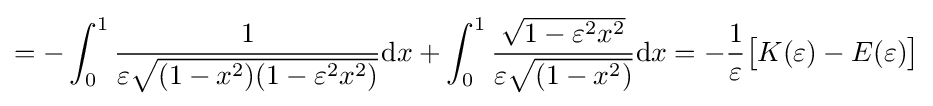
=-\int _{0}^{1}{\frac {1}{\varepsilon {\sqrt {(1-x^{2})(1-\varepsilon ^{2}x^{2})}}}}\mathrm {d} x+\int _{0}^{1}{\frac {\sqrt {1-\varepsilon ^{2}x^{2}}}{\varepsilon {\sqrt {(1-x^{2})}}}}\mathrm {d} x=-{\frac {1}{\varepsilon }}{\bigl [}K(\varepsilon )-E(\varepsilon ){\bigr ]}